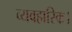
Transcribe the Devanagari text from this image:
व्यवहारिक।